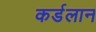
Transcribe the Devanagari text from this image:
कर्डलान